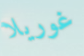
غوريلا